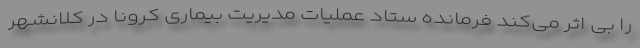
را بی اثر می‌کند فرمانده ستاد عملیات مدیریت بیماری کرونا در کلانشهر